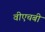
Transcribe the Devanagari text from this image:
वीएचबी